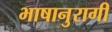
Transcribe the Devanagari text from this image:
भाषानुरागी